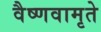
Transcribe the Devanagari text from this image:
वैष्णवामृते